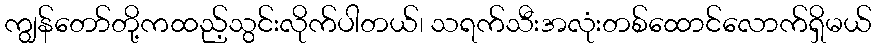
ကျွန်တော်တို့ကထည့်သွင်းလိုက်ပါတယ်၊ သရက်သီးအလုံးတစ်ထောင်လောက်ရှိမယ်